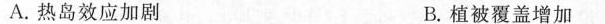
A.热岛效应加剧 B.植被覆盖增加